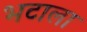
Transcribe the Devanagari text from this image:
भटाला